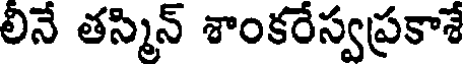
లినే తస్మిన్ శాంకరేస్వప్రకాశే